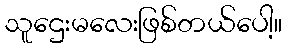
သူဌေးမလေးဖြစ်တယ်ပေါ့။